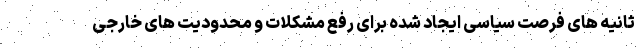
ثانیه های فرصت سیاسی ایجاد شده برای رفع مشکلات و محدودیت های خارجی